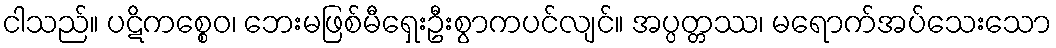
ငါသည်။ ပဋိကစ္စေဝ၊ ဘေးမဖြစ်မီရှေးဦးစွာကပင်လျင်။ အပ္ပတ္တဿ၊ မရောက်အပ်သေးသော